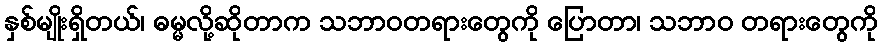
နှစ်မျိုးရှိတယ်၊ ဓမ္မလို့ဆိုတာက သဘာဝတရားတွေကို ပြောတာ၊ သဘာဝ တရားတွေကို